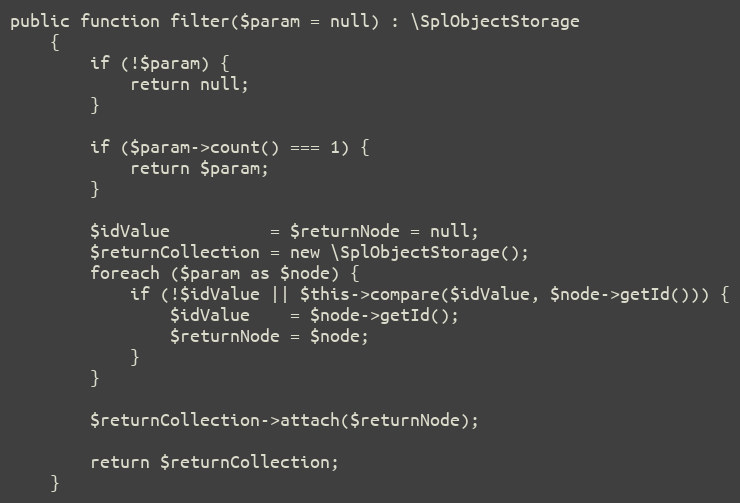
Language: PHP
public function filter($param = null) : \SplObjectStorage
    {
        if (!$param) {
            return null;
        }

        if ($param->count() === 1) {
            return $param;
        }

        $idValue          = $returnNode = null;
        $returnCollection = new \SplObjectStorage();
        foreach ($param as $node) {
            if (!$idValue || $this->compare($idValue, $node->getId())) {
                $idValue    = $node->getId();
                $returnNode = $node;
            }
        }

        $returnCollection->attach($returnNode);

        return $returnCollection;
    }